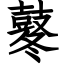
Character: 鼕